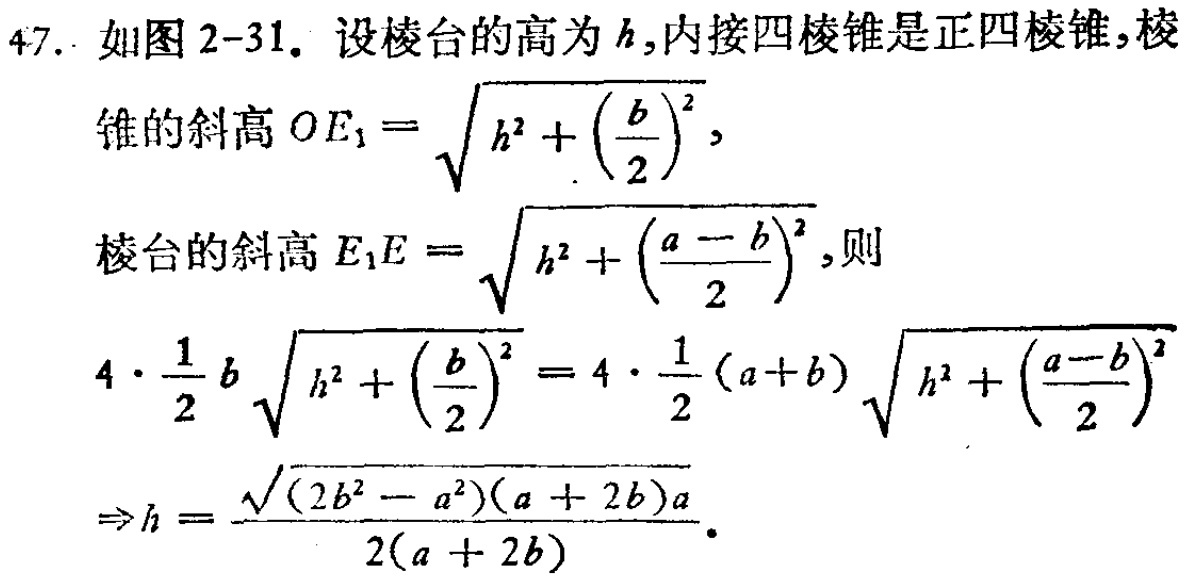
47. 如图 2-31. 设棱台的高为\(h\),内接四棱锥是正四棱锥, 棱

锥的斜高\(OE_{1}=\sqrt{h^{2}+\left(\frac{b}{2}\right)^{2}}\),

棱台的斜高\(E_{1}E = \sqrt{h^{2}+\left(\frac{a - b}{2}\right)^{2}}\), 则

\[

\begin{align*}

4\cdot\frac{1}{2}b\sqrt{h^{2}+\left(\frac{b}{2}\right)^{2}}&=4\cdot\frac{1}{2}(a + b)\sqrt{h^{2}+\left(\frac{a - b}{2}\right)^{2}}\\

\Rightarrow h&=\frac{\sqrt{(2b^{2}-a^{2})(a + 2b)a}}{2(a + 2b)}.

\end{align*}

\]